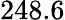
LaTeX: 248.6